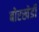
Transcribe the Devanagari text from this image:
बोरखेडी